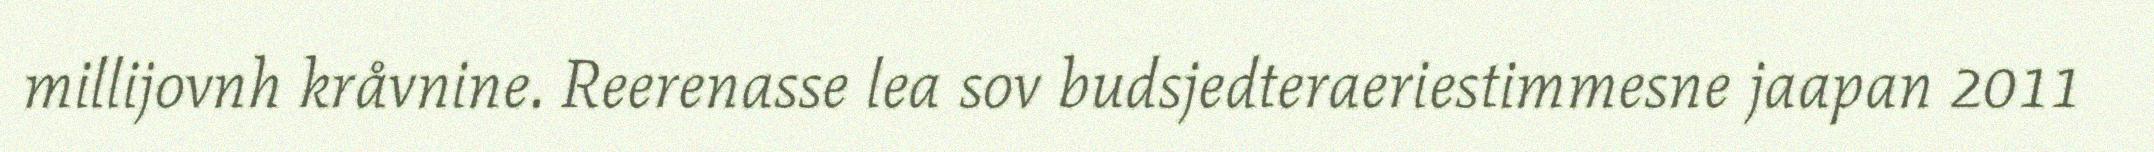
millijovnh kråvnine. Reerenasse lea sov budsjedteraeriestimmesne jaapan 2011